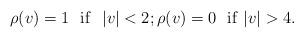
LaTeX: \begin{align*}\rho (v)=1 \ \ {\rm if} \ \ |v|<2;\rho (v)=0 \ \ {\rm if} \ |v|>4.\end{align*}